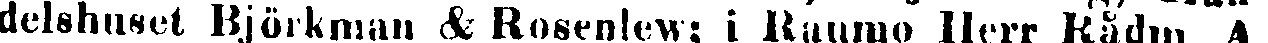
delshuset Björkman & Rosenlew: i Raumo Herr Rådw. A.